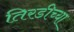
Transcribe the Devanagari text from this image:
तिरडीच्या